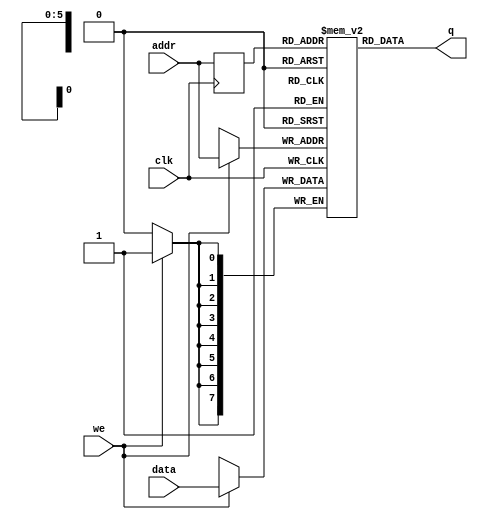
// Quartus Prime Verilog Template
// Single port RAM with single read/write address and initial contents 
// specified with an initial block

module single_port_ram_with_init
#(parameter DATA_WIDTH=8, parameter ADDR_WIDTH=6)
(
	input [(DATA_WIDTH-1):0] data,
	input [(ADDR_WIDTH-1):0] addr,
	input we, clk,
	output [(DATA_WIDTH-1):0] q
);

	// Declare the RAM variable
	reg [DATA_WIDTH-1:0] ram[2**ADDR_WIDTH-1:0];

	// Variable to hold the registered read address
	reg [ADDR_WIDTH-1:0] addr_reg;

	// Specify the initial contents.  You can also use the $readmemb
	// system task to initialize the RAM variable from a text file.
	// See the $readmemb template page for details.
	initial 
	begin : INIT
		integer i;
		for(i = 0; i < 2**ADDR_WIDTH; i = i + 1)
			ram[i] = {DATA_WIDTH{1'b1}};
	end 

	always @ (posedge clk)
	begin
		// Write
		if (we)
			ram[addr] <= data;

		addr_reg <= addr;
	end

	// Continuous assignment implies read returns NEW data.
	// This is the natural behavior of the TriMatrix memory
	// blocks in Single Port mode.  
	assign q = ram[addr_reg];

endmodule